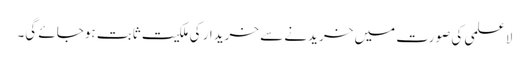
لاعلمی کی صورت میں خریدنے سے خریدار کی ملکیت ثابت ہوجائے گی۔